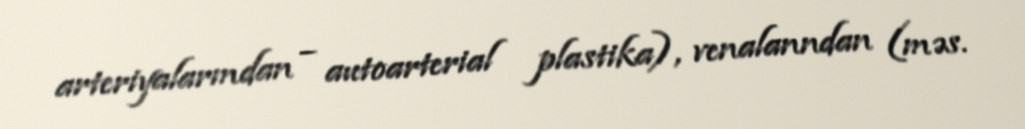
arteriyalarmdan – autoarterial plastika), venalanndan (məs.